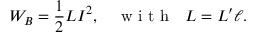
W _ { B } = \frac { 1 } { 2 } L I ^ { 2 } , \quad \textrm { w i t h ~ } L = L ^ { \prime } \ell .